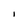
Character: l